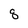
Character: q